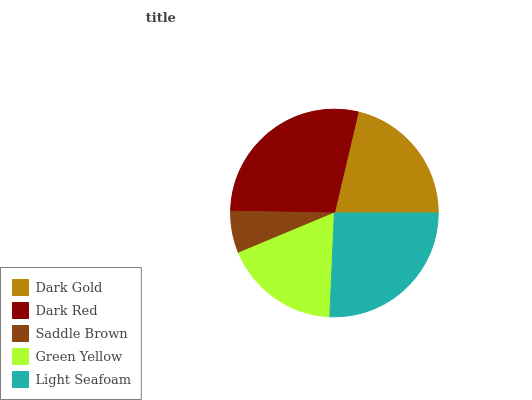
| Dark Gold | Dark Red | Saddle Brown | Green Yellow | Light Seafoam |
 | --- | --- | --- | --- | --- |
 | 21.4% | 28.4% | 6.58% | 18% | 25.7% |